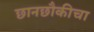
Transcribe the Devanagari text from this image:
छानछौकीचा